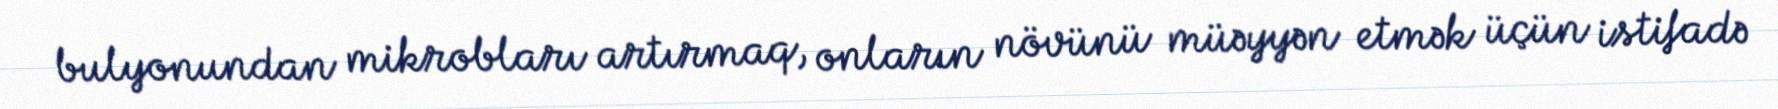
bulyonundan mikrobları artırmaq, onların növünü müəyyən etmək üçün istifadə